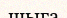
шыға